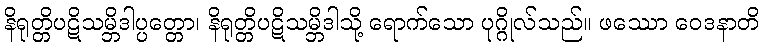
နိရုတ္တိပဋိသမ္ဘိဒါပ္ပတ္တော၊ နိရုတ္တိပဋိသမ္ဘိဒါသို့ ရောက်သော ပုဂ္ဂိုလ်သည်။ ဖဿော ဝေဒနာတိ